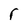
Character: r